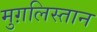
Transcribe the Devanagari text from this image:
मुग़लिस्तान